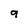
Character: 9